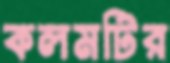
কলমটির